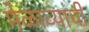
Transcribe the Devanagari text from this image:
मेळाव्याची